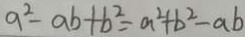
a ^ { 2 } - a b + b ^ { 2 } = a ^ { 2 } + b ^ { 2 } - a b